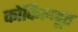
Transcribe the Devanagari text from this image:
कोकिलदूत